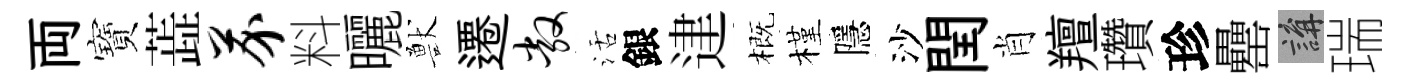
両寶蕋芥料曬獸遷敞活銀䢖概槿隱沙閏肖羶瓚珍罍講瑞